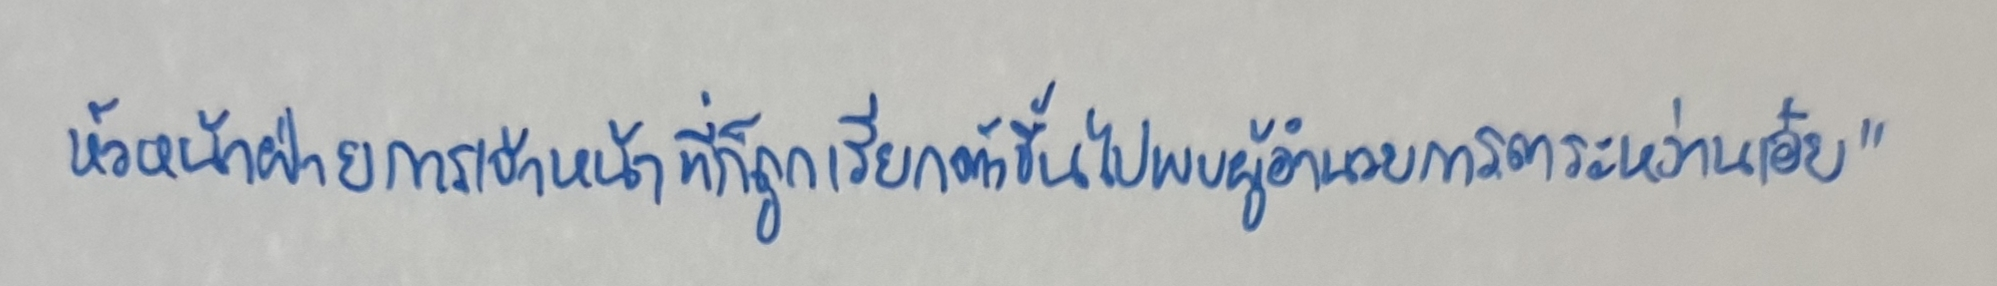
หัวหน้าฝ่ายการเจ้าหน้าที่ก็ถูกเรียกตัวขึ้นไปพบผู้อำนวยการตระหง่านเอ๋ย"